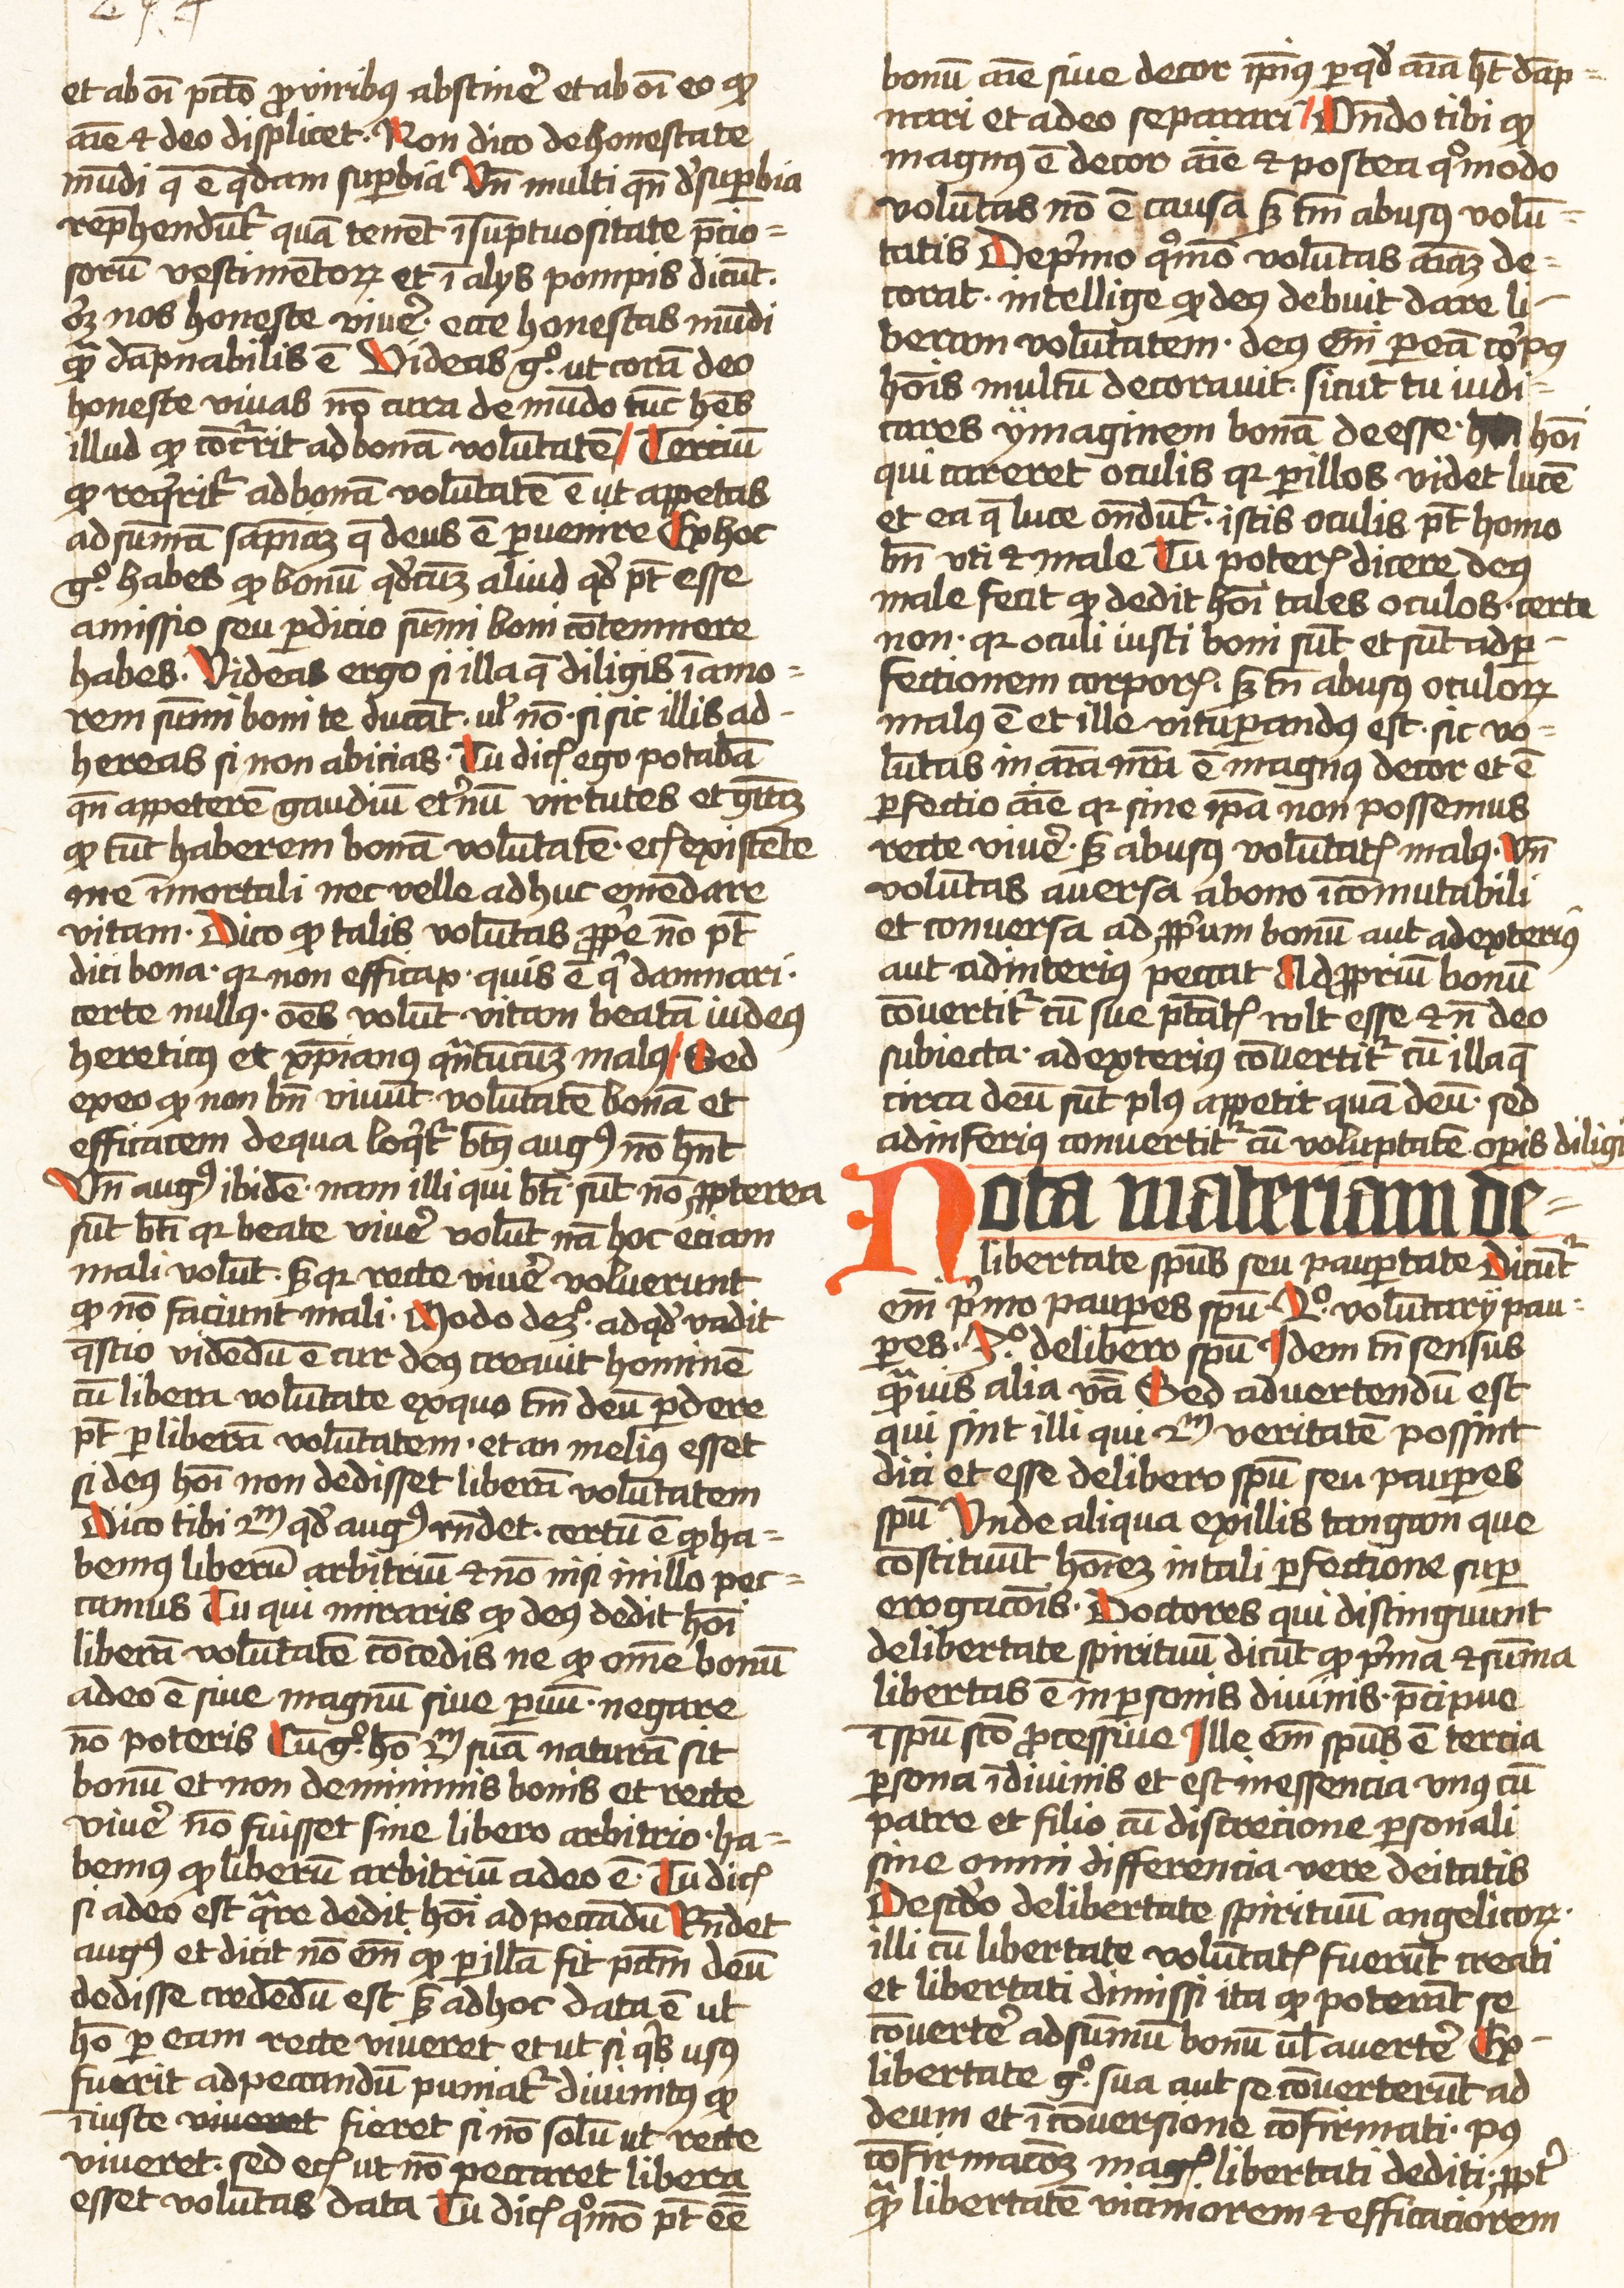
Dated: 1452–1459